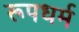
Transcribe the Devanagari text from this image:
रूपधर्म